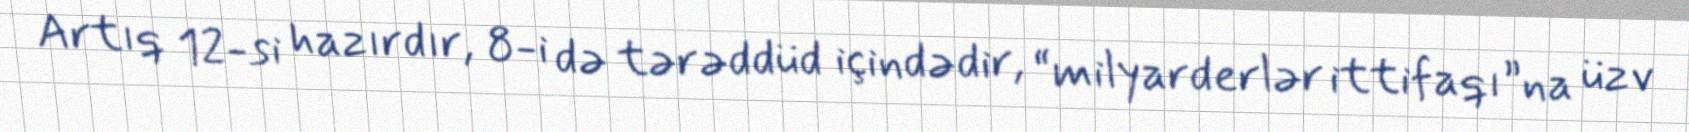
Artıq 12-si hazırdır, 8-i də tərəddüd içindədir, “milyarderlər ittifaqı”na üzv